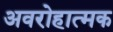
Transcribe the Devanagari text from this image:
अवरोहात्मक